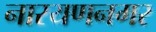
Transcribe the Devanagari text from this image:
नारयणनगर